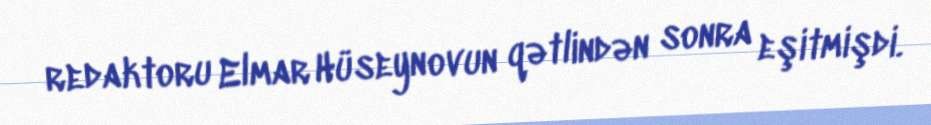
redaktoru Elmar Hüseynovun qətlindən sonra eşitmişdi.